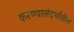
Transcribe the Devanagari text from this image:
करण्यासंदर्भातील